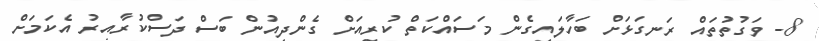
8- ވަގުތުތައް ރަނގަޅަށް ބަހާލައިގެން މަސައްކަތް ކުރިއަށް ގެންދިއުން ބަސް ދަސްކުރާއިރު އެކަމަށް